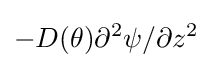
-D(\theta ){\partial ^{2}\psi /\partial z^{2}}